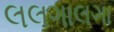
લલગાલગા